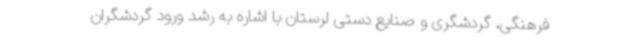
فرهنگی، گردشگری و صنایع دستی لرستان با اشاره به رشد ورود گردشگران